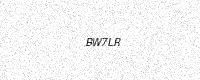
Text: BW7LR